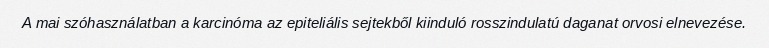
A mai szóhasználatban a karcinóma az epiteliális sejtekből kiinduló rosszindulatú daganat orvosi elnevezése.